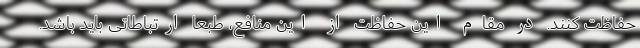
حفاظت کنند. در مقام این حفاظت از این منافع، طبعاً ارتباطاتی باید باشد.